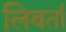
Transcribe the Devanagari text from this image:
लिबर्ता